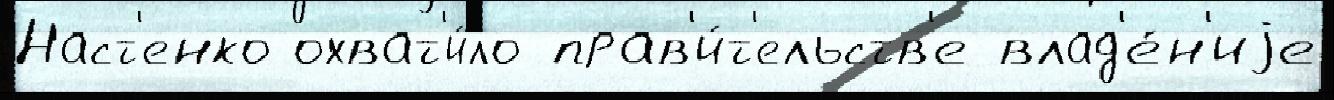
Наст'енко охват'и́ло прав'и́т'ельств'е влад'е́н'иjе